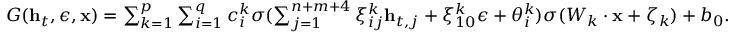
\begin{array} { r } { G ( \mathbf { h } _ { t } , \epsilon , \mathbf { x } ) = \sum _ { k = 1 } ^ { p } \sum _ { i = 1 } ^ { q } c _ { i } ^ { k } \sigma ( \sum _ { j = 1 } ^ { n + m + 4 } \xi _ { i j } ^ { k } \mathbf { h } _ { t , j } + \xi _ { 1 0 } ^ { k } \epsilon + \theta _ { i } ^ { k } ) \sigma ( W _ { k } \cdot \mathbf { x } + \zeta _ { k } ) + b _ { 0 } . } \end{array}